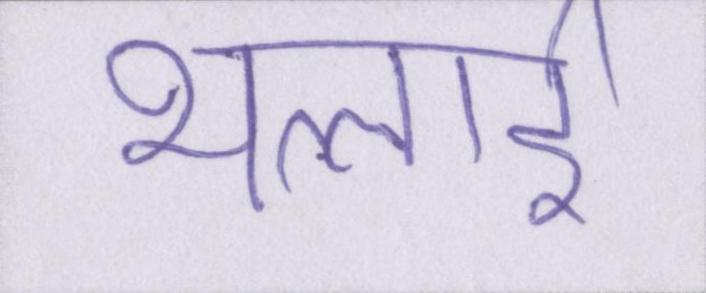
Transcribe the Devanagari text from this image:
भलाई